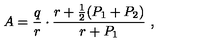
A = { \frac { q } { r } } \cdot { \frac { r + { \frac { 1 } { 2 } } ( P _ { 1 } + P _ { 2 } ) } { r + P _ { 1 } } } \ , \